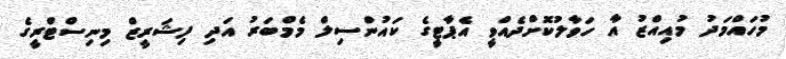
މުހައްމަދު މުއިއްޒު އާ ހަވާލުކޮށްދެއްވީ އެޕާޓީގެ ކައުންސިލް މެމްބަރު އަދި ފިޝަރީޒް މިނިސްޓްރީގެ